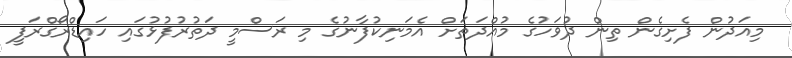
މިއަދުން ފެށިގެން ތިން ދުވަހުގެ މުއްދަތަށް އެމަނިކުފާނުގެ މި ރަސްމީ ދަތުރުފުޅުގައި ހައިޑްރޯގްރަފީ